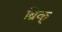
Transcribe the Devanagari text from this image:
ब्रिक्